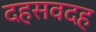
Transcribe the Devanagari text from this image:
दहसवदह